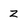
Character: z